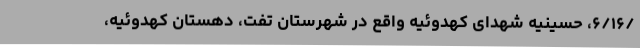
/۶/۱۶، حسینیه شهدای کهدوئیه واقع در شهرستان تفت، دهستان کهدوئیه،